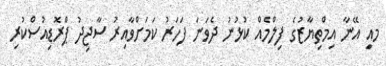
މއިީ އޭނާ އިމްތިޔާޒުގެ ފިލްމެއް ކުޅުނު ދެވަނަ ފަހަރު ކަމަށްވާއިރު ސާޖިދު ޕްރޮޑިއުސްކުރި